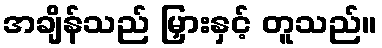
အချိန်သည် မြှားနှင့် တူသည်။